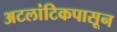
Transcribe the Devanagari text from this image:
अटलांटिकपासून